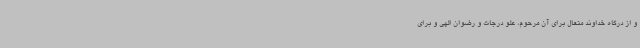
و از درگاه خداوند متعال برای آن مرحوم، علو درجات و رضوان الهی و برای